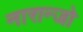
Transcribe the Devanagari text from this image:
नारान्जो